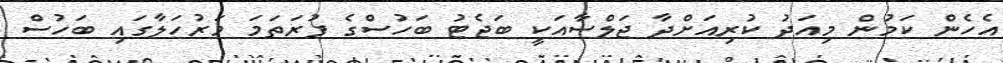
އެހެން ކަމުން މިއަދު ކުރިއަށްދާ ޖަލްސާއަކީ ބަޖެޓު ބަހުސްގެ ފުރަތަމަ މަރުހަލާގައި ބަހުސް